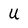
Character: U